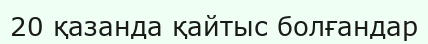
20 қазанда қайтыс болғандар